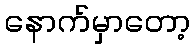
နောက်မှာတော့